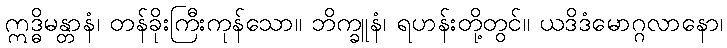
ဣဒ္ဓိမန္တာနံ၊ တန်ခိုးကြီးကုန်သော။ ဘိက္ခူနံ၊ ရဟန်းတို့တွင်။ ယဒိဒံမောဂ္ဂလာနော၊